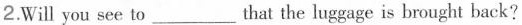
2.Will you see to___ that the luggage is brought back?